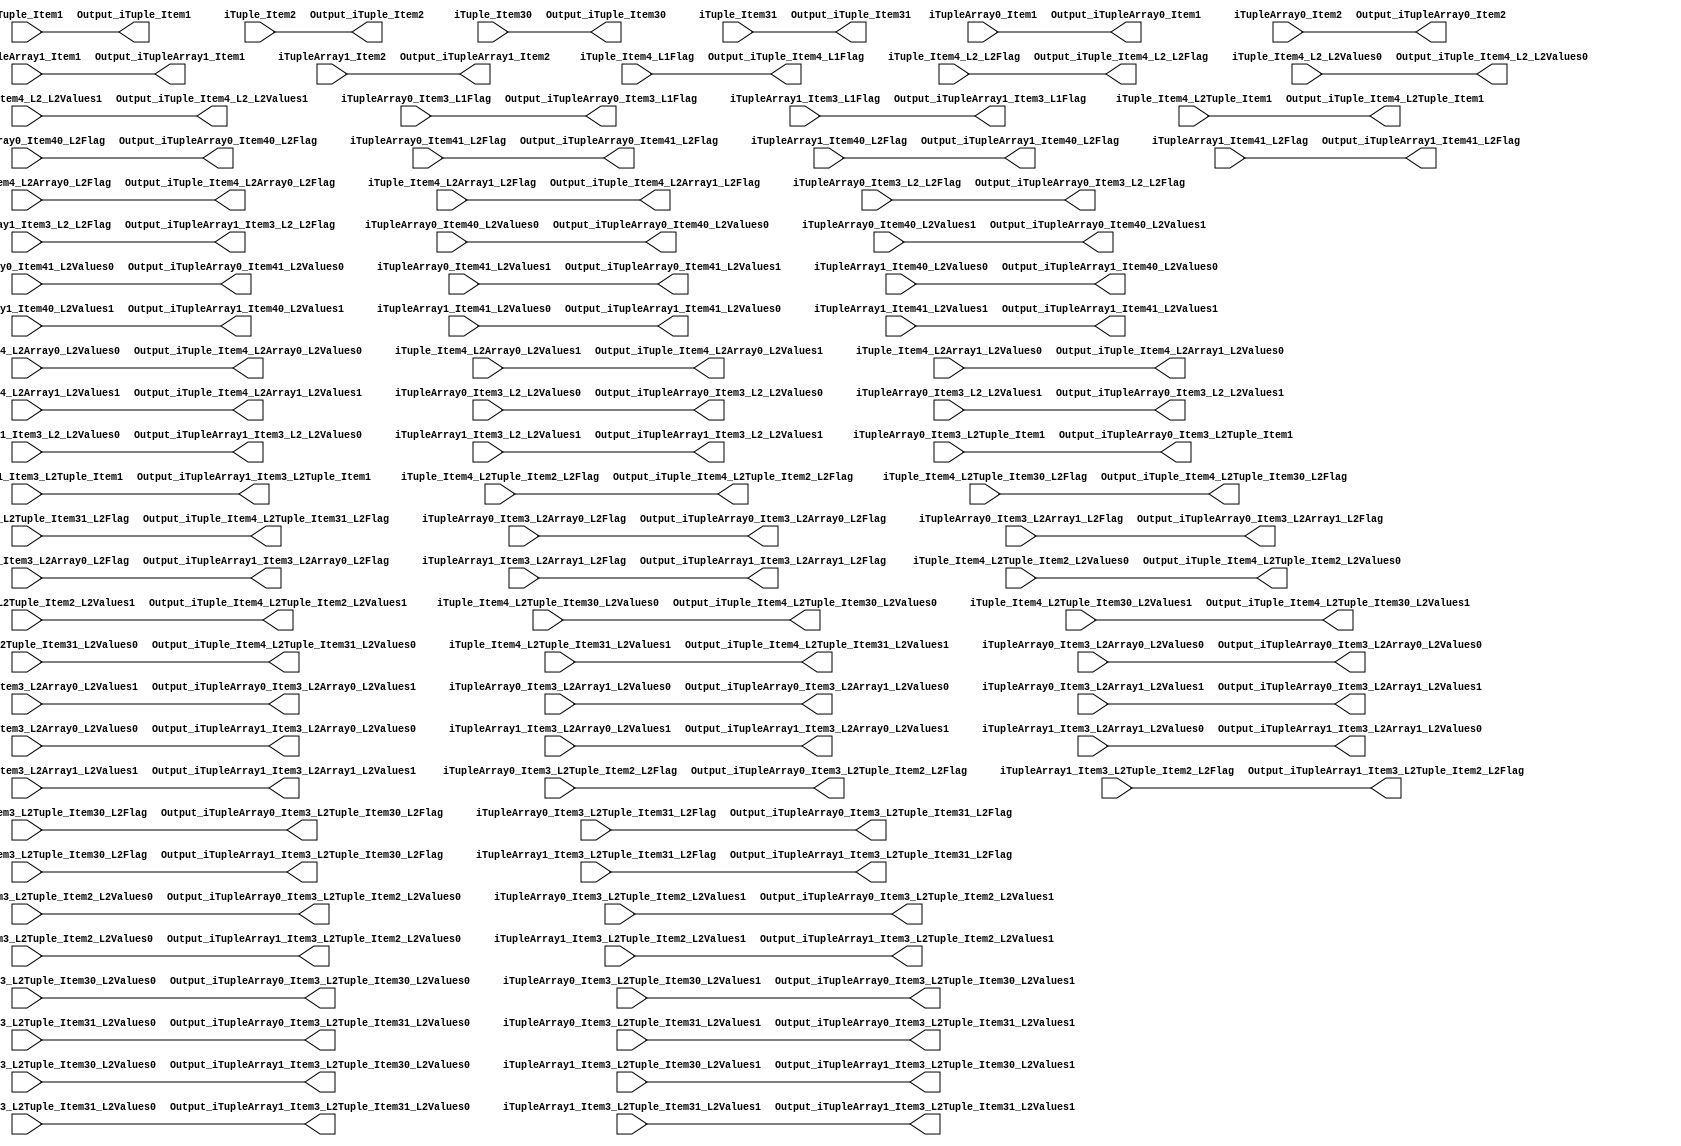
`timescale 1ns/1ps
`default_nettype none
// PLEASE READ THIS, IT MAY SAVE YOU SOME TIME AND MONEY, THANK YOU!
// * This file was generated by Quokka FPGA Toolkit.
// * Generated code is your property, do whatever you want with it
// * Place custom code between [BEGIN USER ***] and [END USER ***].
// * CAUTION: All code outside of [USER] scope is subject to regeneration.
// * Bad things happen sometimes in developer's life,
//   it is recommended to use source control management software (e.g. git, bzr etc) to keep your custom code safe'n'sound.
// * Internal structure of code is subject to change.
//   You can use some of signals in custom code, but most likely they will not exist in future (e.g. will get shorter or gone completely)
// * Please send your feedback, comments, improvement ideas etc. to evmuryshkin@gmail.com
// * Visit https://github.com/EvgenyMuryshkin/QuokkaEvaluation to access latest version of playground
//
// DISCLAIMER:
//   Code comes AS-IS, it is your responsibility to make sure it is working as expected
//   no responsibility will be taken for any loss or damage caused by use of Quokka toolkit.
//
// System configuration name is IOTupleDirectInputL6ComponentsOutputModule_TopLevel, clock frequency is 1Hz, Top-level
// FSM summary
// -- Packages
module IOTupleDirectInputL6ComponentsOutputModule_TopLevel
(
	// [BEGIN USER PORTS]
	// [END USER PORTS]
	input wire iTuple_Item1,
	input wire [7:0] iTuple_Item2,
	input wire [3:0] iTuple_Item30,
	input wire [3:0] iTuple_Item31,
	input wire iTuple_Item4_L1Flag,
	input wire iTuple_Item4_L2_L2Flag,
	input wire iTuple_Item4_L2_L2Values0,
	input wire iTuple_Item4_L2_L2Values1,
	input wire iTuple_Item4_L2Array0_L2Flag,
	input wire [2:0] iTuple_Item4_L2Array0_L2Values0,
	input wire [2:0] iTuple_Item4_L2Array0_L2Values1,
	input wire iTuple_Item4_L2Array1_L2Flag,
	input wire [2:0] iTuple_Item4_L2Array1_L2Values0,
	input wire [2:0] iTuple_Item4_L2Array1_L2Values1,
	input wire [7:0] iTuple_Item4_L2Tuple_Item1,
	input wire iTuple_Item4_L2Tuple_Item2_L2Flag,
	input wire iTuple_Item4_L2Tuple_Item2_L2Values0,
	input wire iTuple_Item4_L2Tuple_Item2_L2Values1,
	input wire iTuple_Item4_L2Tuple_Item30_L2Flag,
	input wire [2:0] iTuple_Item4_L2Tuple_Item30_L2Values0,
	input wire [2:0] iTuple_Item4_L2Tuple_Item30_L2Values1,
	input wire iTuple_Item4_L2Tuple_Item31_L2Flag,
	input wire [2:0] iTuple_Item4_L2Tuple_Item31_L2Values0,
	input wire [2:0] iTuple_Item4_L2Tuple_Item31_L2Values1,
	input wire iTupleArray0_Item1,
	input wire [3:0] iTupleArray0_Item2,
	input wire iTupleArray0_Item3_L1Flag,
	input wire iTupleArray0_Item3_L2_L2Flag,
	input wire iTupleArray0_Item3_L2_L2Values0,
	input wire iTupleArray0_Item3_L2_L2Values1,
	input wire iTupleArray0_Item3_L2Array0_L2Flag,
	input wire [2:0] iTupleArray0_Item3_L2Array0_L2Values0,
	input wire [2:0] iTupleArray0_Item3_L2Array0_L2Values1,
	input wire iTupleArray0_Item3_L2Array1_L2Flag,
	input wire [2:0] iTupleArray0_Item3_L2Array1_L2Values0,
	input wire [2:0] iTupleArray0_Item3_L2Array1_L2Values1,
	input wire [7:0] iTupleArray0_Item3_L2Tuple_Item1,
	input wire iTupleArray0_Item3_L2Tuple_Item2_L2Flag,
	input wire iTupleArray0_Item3_L2Tuple_Item2_L2Values0,
	input wire iTupleArray0_Item3_L2Tuple_Item2_L2Values1,
	input wire iTupleArray0_Item3_L2Tuple_Item30_L2Flag,
	input wire [2:0] iTupleArray0_Item3_L2Tuple_Item30_L2Values0,
	input wire [2:0] iTupleArray0_Item3_L2Tuple_Item30_L2Values1,
	input wire iTupleArray0_Item3_L2Tuple_Item31_L2Flag,
	input wire [2:0] iTupleArray0_Item3_L2Tuple_Item31_L2Values0,
	input wire [2:0] iTupleArray0_Item3_L2Tuple_Item31_L2Values1,
	input wire iTupleArray0_Item40_L2Flag,
	input wire iTupleArray0_Item40_L2Values0,
	input wire iTupleArray0_Item40_L2Values1,
	input wire iTupleArray0_Item41_L2Flag,
	input wire iTupleArray0_Item41_L2Values0,
	input wire iTupleArray0_Item41_L2Values1,
	input wire iTupleArray1_Item1,
	input wire [3:0] iTupleArray1_Item2,
	input wire iTupleArray1_Item3_L1Flag,
	input wire iTupleArray1_Item3_L2_L2Flag,
	input wire iTupleArray1_Item3_L2_L2Values0,
	input wire iTupleArray1_Item3_L2_L2Values1,
	input wire iTupleArray1_Item3_L2Array0_L2Flag,
	input wire [2:0] iTupleArray1_Item3_L2Array0_L2Values0,
	input wire [2:0] iTupleArray1_Item3_L2Array0_L2Values1,
	input wire iTupleArray1_Item3_L2Array1_L2Flag,
	input wire [2:0] iTupleArray1_Item3_L2Array1_L2Values0,
	input wire [2:0] iTupleArray1_Item3_L2Array1_L2Values1,
	input wire [7:0] iTupleArray1_Item3_L2Tuple_Item1,
	input wire iTupleArray1_Item3_L2Tuple_Item2_L2Flag,
	input wire iTupleArray1_Item3_L2Tuple_Item2_L2Values0,
	input wire iTupleArray1_Item3_L2Tuple_Item2_L2Values1,
	input wire iTupleArray1_Item3_L2Tuple_Item30_L2Flag,
	input wire [2:0] iTupleArray1_Item3_L2Tuple_Item30_L2Values0,
	input wire [2:0] iTupleArray1_Item3_L2Tuple_Item30_L2Values1,
	input wire iTupleArray1_Item3_L2Tuple_Item31_L2Flag,
	input wire [2:0] iTupleArray1_Item3_L2Tuple_Item31_L2Values0,
	input wire [2:0] iTupleArray1_Item3_L2Tuple_Item31_L2Values1,
	input wire iTupleArray1_Item40_L2Flag,
	input wire iTupleArray1_Item40_L2Values0,
	input wire iTupleArray1_Item40_L2Values1,
	input wire iTupleArray1_Item41_L2Flag,
	input wire iTupleArray1_Item41_L2Values0,
	input wire iTupleArray1_Item41_L2Values1,
	output wire Output_iTuple_Item1,
	output wire [7:0] Output_iTuple_Item2,
	output wire [3:0] Output_iTuple_Item30,
	output wire [3:0] Output_iTuple_Item31,
	output wire Output_iTuple_Item4_L1Flag,
	output wire Output_iTuple_Item4_L2_L2Flag,
	output wire Output_iTuple_Item4_L2_L2Values0,
	output wire Output_iTuple_Item4_L2_L2Values1,
	output wire Output_iTuple_Item4_L2Array0_L2Flag,
	output wire [2:0] Output_iTuple_Item4_L2Array0_L2Values0,
	output wire [2:0] Output_iTuple_Item4_L2Array0_L2Values1,
	output wire Output_iTuple_Item4_L2Array1_L2Flag,
	output wire [2:0] Output_iTuple_Item4_L2Array1_L2Values0,
	output wire [2:0] Output_iTuple_Item4_L2Array1_L2Values1,
	output wire [7:0] Output_iTuple_Item4_L2Tuple_Item1,
	output wire Output_iTuple_Item4_L2Tuple_Item2_L2Flag,
	output wire Output_iTuple_Item4_L2Tuple_Item2_L2Values0,
	output wire Output_iTuple_Item4_L2Tuple_Item2_L2Values1,
	output wire Output_iTuple_Item4_L2Tuple_Item30_L2Flag,
	output wire [2:0] Output_iTuple_Item4_L2Tuple_Item30_L2Values0,
	output wire [2:0] Output_iTuple_Item4_L2Tuple_Item30_L2Values1,
	output wire Output_iTuple_Item4_L2Tuple_Item31_L2Flag,
	output wire [2:0] Output_iTuple_Item4_L2Tuple_Item31_L2Values0,
	output wire [2:0] Output_iTuple_Item4_L2Tuple_Item31_L2Values1,
	output wire Output_iTupleArray0_Item1,
	output wire [3:0] Output_iTupleArray0_Item2,
	output wire Output_iTupleArray0_Item3_L1Flag,
	output wire Output_iTupleArray0_Item3_L2_L2Flag,
	output wire Output_iTupleArray0_Item3_L2_L2Values0,
	output wire Output_iTupleArray0_Item3_L2_L2Values1,
	output wire Output_iTupleArray0_Item3_L2Array0_L2Flag,
	output wire [2:0] Output_iTupleArray0_Item3_L2Array0_L2Values0,
	output wire [2:0] Output_iTupleArray0_Item3_L2Array0_L2Values1,
	output wire Output_iTupleArray0_Item3_L2Array1_L2Flag,
	output wire [2:0] Output_iTupleArray0_Item3_L2Array1_L2Values0,
	output wire [2:0] Output_iTupleArray0_Item3_L2Array1_L2Values1,
	output wire [7:0] Output_iTupleArray0_Item3_L2Tuple_Item1,
	output wire Output_iTupleArray0_Item3_L2Tuple_Item2_L2Flag,
	output wire Output_iTupleArray0_Item3_L2Tuple_Item2_L2Values0,
	output wire Output_iTupleArray0_Item3_L2Tuple_Item2_L2Values1,
	output wire Output_iTupleArray0_Item3_L2Tuple_Item30_L2Flag,
	output wire [2:0] Output_iTupleArray0_Item3_L2Tuple_Item30_L2Values0,
	output wire [2:0] Output_iTupleArray0_Item3_L2Tuple_Item30_L2Values1,
	output wire Output_iTupleArray0_Item3_L2Tuple_Item31_L2Flag,
	output wire [2:0] Output_iTupleArray0_Item3_L2Tuple_Item31_L2Values0,
	output wire [2:0] Output_iTupleArray0_Item3_L2Tuple_Item31_L2Values1,
	output wire Output_iTupleArray0_Item40_L2Flag,
	output wire Output_iTupleArray0_Item40_L2Values0,
	output wire Output_iTupleArray0_Item40_L2Values1,
	output wire Output_iTupleArray0_Item41_L2Flag,
	output wire Output_iTupleArray0_Item41_L2Values0,
	output wire Output_iTupleArray0_Item41_L2Values1,
	output wire Output_iTupleArray1_Item1,
	output wire [3:0] Output_iTupleArray1_Item2,
	output wire Output_iTupleArray1_Item3_L1Flag,
	output wire Output_iTupleArray1_Item3_L2_L2Flag,
	output wire Output_iTupleArray1_Item3_L2_L2Values0,
	output wire Output_iTupleArray1_Item3_L2_L2Values1,
	output wire Output_iTupleArray1_Item3_L2Array0_L2Flag,
	output wire [2:0] Output_iTupleArray1_Item3_L2Array0_L2Values0,
	output wire [2:0] Output_iTupleArray1_Item3_L2Array0_L2Values1,
	output wire Output_iTupleArray1_Item3_L2Array1_L2Flag,
	output wire [2:0] Output_iTupleArray1_Item3_L2Array1_L2Values0,
	output wire [2:0] Output_iTupleArray1_Item3_L2Array1_L2Values1,
	output wire [7:0] Output_iTupleArray1_Item3_L2Tuple_Item1,
	output wire Output_iTupleArray1_Item3_L2Tuple_Item2_L2Flag,
	output wire Output_iTupleArray1_Item3_L2Tuple_Item2_L2Values0,
	output wire Output_iTupleArray1_Item3_L2Tuple_Item2_L2Values1,
	output wire Output_iTupleArray1_Item3_L2Tuple_Item30_L2Flag,
	output wire [2:0] Output_iTupleArray1_Item3_L2Tuple_Item30_L2Values0,
	output wire [2:0] Output_iTupleArray1_Item3_L2Tuple_Item30_L2Values1,
	output wire Output_iTupleArray1_Item3_L2Tuple_Item31_L2Flag,
	output wire [2:0] Output_iTupleArray1_Item3_L2Tuple_Item31_L2Values0,
	output wire [2:0] Output_iTupleArray1_Item3_L2Tuple_Item31_L2Values1,
	output wire Output_iTupleArray1_Item40_L2Flag,
	output wire Output_iTupleArray1_Item40_L2Values0,
	output wire Output_iTupleArray1_Item40_L2Values1,
	output wire Output_iTupleArray1_Item41_L2Flag,
	output wire Output_iTupleArray1_Item41_L2Values0,
	output wire Output_iTupleArray1_Item41_L2Values1
);
	// [BEGIN USER SIGNALS]
	// [END USER SIGNALS]
	localparam HiSignal = 1'b1;
	localparam LoSignal = 1'b0;
	wire Zero = 1'b0;
	wire One = 1'b1;
	wire true = 1'b1;
	wire false = 1'b0;
	wire Inputs_iTuple_Item1;
	wire [7: 0] Inputs_iTuple_Item2;
	wire Inputs_iTuple_Item4_L1Flag;
	wire Inputs_iTuple_Item4_L2_L2Flag;
	wire [7: 0] Inputs_iTuple_Item4_L2Tuple_Item1;
	wire Inputs_iTuple_Item4_L2Tuple_Item2_L2Flag;
	wire [3 : 0] Inputs_iTuple_Item3 [0 : 1];
	wire Inputs_iTuple_Item4_L2_L2Values [0 : 1];
	wire [6 : 0] Inputs_iTuple_Item4_L2Array [0 : 1];
	wire Inputs_iTuple_Item4_L2Tuple_Item2_L2Values [0 : 1];
	wire [6 : 0] Inputs_iTuple_Item4_L2Tuple_Item3 [0 : 1];
	wire [53 : 0] Inputs_iTupleArray [0 : 1];
	assign Inputs_iTuple_Item1 = iTuple_Item1;
	assign Inputs_iTuple_Item2 = iTuple_Item2;
	assign Inputs_iTuple_Item3[0] = iTuple_Item30;
	assign Inputs_iTuple_Item3[1] = iTuple_Item31;
	assign Inputs_iTuple_Item4_L1Flag = iTuple_Item4_L1Flag;
	assign Inputs_iTuple_Item4_L2_L2Flag = iTuple_Item4_L2_L2Flag;
	assign Inputs_iTuple_Item4_L2_L2Values[0] = iTuple_Item4_L2_L2Values0;
	assign Inputs_iTuple_Item4_L2_L2Values[1] = iTuple_Item4_L2_L2Values1;
	assign Inputs_iTuple_Item4_L2Array[0][6:4] = iTuple_Item4_L2Array0_L2Values1;
	assign Inputs_iTuple_Item4_L2Array[0][3:1] = iTuple_Item4_L2Array0_L2Values0;
	assign Inputs_iTuple_Item4_L2Array[0][0] = iTuple_Item4_L2Array0_L2Flag;
	assign Inputs_iTuple_Item4_L2Array[1][6:4] = iTuple_Item4_L2Array1_L2Values1;
	assign Inputs_iTuple_Item4_L2Array[1][3:1] = iTuple_Item4_L2Array1_L2Values0;
	assign Inputs_iTuple_Item4_L2Array[1][0] = iTuple_Item4_L2Array1_L2Flag;
	assign Inputs_iTuple_Item4_L2Tuple_Item1 = iTuple_Item4_L2Tuple_Item1;
	assign Inputs_iTuple_Item4_L2Tuple_Item2_L2Flag = iTuple_Item4_L2Tuple_Item2_L2Flag;
	assign Inputs_iTuple_Item4_L2Tuple_Item2_L2Values[0] = iTuple_Item4_L2Tuple_Item2_L2Values0;
	assign Inputs_iTuple_Item4_L2Tuple_Item2_L2Values[1] = iTuple_Item4_L2Tuple_Item2_L2Values1;
	assign Inputs_iTuple_Item4_L2Tuple_Item3[0][6:4] = iTuple_Item4_L2Tuple_Item30_L2Values1;
	assign Inputs_iTuple_Item4_L2Tuple_Item3[0][3:1] = iTuple_Item4_L2Tuple_Item30_L2Values0;
	assign Inputs_iTuple_Item4_L2Tuple_Item3[0][0] = iTuple_Item4_L2Tuple_Item30_L2Flag;
	assign Inputs_iTuple_Item4_L2Tuple_Item3[1][6:4] = iTuple_Item4_L2Tuple_Item31_L2Values1;
	assign Inputs_iTuple_Item4_L2Tuple_Item3[1][3:1] = iTuple_Item4_L2Tuple_Item31_L2Values0;
	assign Inputs_iTuple_Item4_L2Tuple_Item3[1][0] = iTuple_Item4_L2Tuple_Item31_L2Flag;
	assign Inputs_iTupleArray[0][53] = iTupleArray0_Item1;
	assign Inputs_iTupleArray[0][52:49] = iTupleArray0_Item2;
	assign Inputs_iTupleArray[0][48:41] = iTupleArray0_Item3_L2Tuple_Item1;
	assign Inputs_iTupleArray[0][40] = iTupleArray0_Item3_L2Tuple_Item2_L2Values1;
	assign Inputs_iTupleArray[0][39] = iTupleArray0_Item3_L2Tuple_Item2_L2Values0;
	assign Inputs_iTupleArray[0][38] = iTupleArray0_Item3_L2Tuple_Item2_L2Flag;
	assign Inputs_iTupleArray[0][37:35] = iTupleArray0_Item3_L2Tuple_Item31_L2Values1;
	assign Inputs_iTupleArray[0][34:32] = iTupleArray0_Item3_L2Tuple_Item31_L2Values0;
	assign Inputs_iTupleArray[0][31] = iTupleArray0_Item3_L2Tuple_Item31_L2Flag;
	assign Inputs_iTupleArray[0][30:28] = iTupleArray0_Item3_L2Tuple_Item30_L2Values1;
	assign Inputs_iTupleArray[0][27:25] = iTupleArray0_Item3_L2Tuple_Item30_L2Values0;
	assign Inputs_iTupleArray[0][24] = iTupleArray0_Item3_L2Tuple_Item30_L2Flag;
	assign Inputs_iTupleArray[0][23:21] = iTupleArray0_Item3_L2Array1_L2Values1;
	assign Inputs_iTupleArray[0][20:18] = iTupleArray0_Item3_L2Array1_L2Values0;
	assign Inputs_iTupleArray[0][17] = iTupleArray0_Item3_L2Array1_L2Flag;
	assign Inputs_iTupleArray[0][16:14] = iTupleArray0_Item3_L2Array0_L2Values1;
	assign Inputs_iTupleArray[0][13:11] = iTupleArray0_Item3_L2Array0_L2Values0;
	assign Inputs_iTupleArray[0][10] = iTupleArray0_Item3_L2Array0_L2Flag;
	assign Inputs_iTupleArray[0][9] = iTupleArray0_Item3_L2_L2Values1;
	assign Inputs_iTupleArray[0][8] = iTupleArray0_Item3_L2_L2Values0;
	assign Inputs_iTupleArray[0][7] = iTupleArray0_Item3_L2_L2Flag;
	assign Inputs_iTupleArray[0][6] = iTupleArray0_Item3_L1Flag;
	assign Inputs_iTupleArray[0][5] = iTupleArray0_Item41_L2Values1;
	assign Inputs_iTupleArray[0][4] = iTupleArray0_Item41_L2Values0;
	assign Inputs_iTupleArray[0][3] = iTupleArray0_Item41_L2Flag;
	assign Inputs_iTupleArray[0][2] = iTupleArray0_Item40_L2Values1;
	assign Inputs_iTupleArray[0][1] = iTupleArray0_Item40_L2Values0;
	assign Inputs_iTupleArray[0][0] = iTupleArray0_Item40_L2Flag;
	assign Inputs_iTupleArray[1][53] = iTupleArray1_Item1;
	assign Inputs_iTupleArray[1][52:49] = iTupleArray1_Item2;
	assign Inputs_iTupleArray[1][48:41] = iTupleArray1_Item3_L2Tuple_Item1;
	assign Inputs_iTupleArray[1][40] = iTupleArray1_Item3_L2Tuple_Item2_L2Values1;
	assign Inputs_iTupleArray[1][39] = iTupleArray1_Item3_L2Tuple_Item2_L2Values0;
	assign Inputs_iTupleArray[1][38] = iTupleArray1_Item3_L2Tuple_Item2_L2Flag;
	assign Inputs_iTupleArray[1][37:35] = iTupleArray1_Item3_L2Tuple_Item31_L2Values1;
	assign Inputs_iTupleArray[1][34:32] = iTupleArray1_Item3_L2Tuple_Item31_L2Values0;
	assign Inputs_iTupleArray[1][31] = iTupleArray1_Item3_L2Tuple_Item31_L2Flag;
	assign Inputs_iTupleArray[1][30:28] = iTupleArray1_Item3_L2Tuple_Item30_L2Values1;
	assign Inputs_iTupleArray[1][27:25] = iTupleArray1_Item3_L2Tuple_Item30_L2Values0;
	assign Inputs_iTupleArray[1][24] = iTupleArray1_Item3_L2Tuple_Item30_L2Flag;
	assign Inputs_iTupleArray[1][23:21] = iTupleArray1_Item3_L2Array1_L2Values1;
	assign Inputs_iTupleArray[1][20:18] = iTupleArray1_Item3_L2Array1_L2Values0;
	assign Inputs_iTupleArray[1][17] = iTupleArray1_Item3_L2Array1_L2Flag;
	assign Inputs_iTupleArray[1][16:14] = iTupleArray1_Item3_L2Array0_L2Values1;
	assign Inputs_iTupleArray[1][13:11] = iTupleArray1_Item3_L2Array0_L2Values0;
	assign Inputs_iTupleArray[1][10] = iTupleArray1_Item3_L2Array0_L2Flag;
	assign Inputs_iTupleArray[1][9] = iTupleArray1_Item3_L2_L2Values1;
	assign Inputs_iTupleArray[1][8] = iTupleArray1_Item3_L2_L2Values0;
	assign Inputs_iTupleArray[1][7] = iTupleArray1_Item3_L2_L2Flag;
	assign Inputs_iTupleArray[1][6] = iTupleArray1_Item3_L1Flag;
	assign Inputs_iTupleArray[1][5] = iTupleArray1_Item41_L2Values1;
	assign Inputs_iTupleArray[1][4] = iTupleArray1_Item41_L2Values0;
	assign Inputs_iTupleArray[1][3] = iTupleArray1_Item41_L2Flag;
	assign Inputs_iTupleArray[1][2] = iTupleArray1_Item40_L2Values1;
	assign Inputs_iTupleArray[1][1] = iTupleArray1_Item40_L2Values0;
	assign Inputs_iTupleArray[1][0] = iTupleArray1_Item40_L2Flag;
	assign Output_iTuple_Item1 = Inputs_iTuple_Item1;
	assign Output_iTuple_Item2 = Inputs_iTuple_Item2;
	assign Output_iTuple_Item30 = Inputs_iTuple_Item3[0];
	assign Output_iTuple_Item31 = Inputs_iTuple_Item3[1];
	assign Output_iTuple_Item4_L1Flag = Inputs_iTuple_Item4_L1Flag;
	assign Output_iTuple_Item4_L2_L2Flag = Inputs_iTuple_Item4_L2_L2Flag;
	assign Output_iTuple_Item4_L2_L2Values0 = Inputs_iTuple_Item4_L2_L2Values[0];
	assign Output_iTuple_Item4_L2_L2Values1 = Inputs_iTuple_Item4_L2_L2Values[1];
	assign Output_iTuple_Item4_L2Array0_L2Flag = Inputs_iTuple_Item4_L2Array[0][0];
	assign Output_iTuple_Item4_L2Array0_L2Values0 = Inputs_iTuple_Item4_L2Array[0][3:1];
	assign Output_iTuple_Item4_L2Array0_L2Values1 = Inputs_iTuple_Item4_L2Array[0][6:4];
	assign Output_iTuple_Item4_L2Array1_L2Flag = Inputs_iTuple_Item4_L2Array[1][0];
	assign Output_iTuple_Item4_L2Array1_L2Values1 = Inputs_iTuple_Item4_L2Array[1][6:4];
	assign Output_iTuple_Item4_L2Array1_L2Values0 = Inputs_iTuple_Item4_L2Array[1][3:1];
	assign Output_iTuple_Item4_L2Tuple_Item1 = Inputs_iTuple_Item4_L2Tuple_Item1;
	assign Output_iTuple_Item4_L2Tuple_Item2_L2Flag = Inputs_iTuple_Item4_L2Tuple_Item2_L2Flag;
	assign Output_iTuple_Item4_L2Tuple_Item2_L2Values0 = Inputs_iTuple_Item4_L2Tuple_Item2_L2Values[0];
	assign Output_iTuple_Item4_L2Tuple_Item2_L2Values1 = Inputs_iTuple_Item4_L2Tuple_Item2_L2Values[1];
	assign Output_iTuple_Item4_L2Tuple_Item30_L2Values1 = Inputs_iTuple_Item4_L2Tuple_Item3[0][6:4];
	assign Output_iTuple_Item4_L2Tuple_Item30_L2Values0 = Inputs_iTuple_Item4_L2Tuple_Item3[0][3:1];
	assign Output_iTuple_Item4_L2Tuple_Item30_L2Flag = Inputs_iTuple_Item4_L2Tuple_Item3[0][0];
	assign Output_iTuple_Item4_L2Tuple_Item31_L2Flag = Inputs_iTuple_Item4_L2Tuple_Item3[1][0];
	assign Output_iTuple_Item4_L2Tuple_Item31_L2Values1 = Inputs_iTuple_Item4_L2Tuple_Item3[1][6:4];
	assign Output_iTuple_Item4_L2Tuple_Item31_L2Values0 = Inputs_iTuple_Item4_L2Tuple_Item3[1][3:1];
	assign Output_iTupleArray0_Item1 = Inputs_iTupleArray[0][53];
	assign Output_iTupleArray0_Item2 = Inputs_iTupleArray[0][52:49];
	assign Output_iTupleArray0_Item3_L1Flag = Inputs_iTupleArray[0][6];
	assign Output_iTupleArray0_Item3_L2_L2Flag = Inputs_iTupleArray[0][7];
	assign Output_iTupleArray0_Item3_L2_L2Values1 = Inputs_iTupleArray[0][9];
	assign Output_iTupleArray0_Item3_L2_L2Values0 = Inputs_iTupleArray[0][8];
	assign Output_iTupleArray0_Item3_L2Array0_L2Values1 = Inputs_iTupleArray[0][16:14];
	assign Output_iTupleArray0_Item3_L2Array0_L2Values0 = Inputs_iTupleArray[0][13:11];
	assign Output_iTupleArray0_Item3_L2Array0_L2Flag = Inputs_iTupleArray[0][10];
	assign Output_iTupleArray0_Item3_L2Array1_L2Flag = Inputs_iTupleArray[0][17];
	assign Output_iTupleArray0_Item3_L2Array1_L2Values1 = Inputs_iTupleArray[0][23:21];
	assign Output_iTupleArray0_Item3_L2Array1_L2Values0 = Inputs_iTupleArray[0][20:18];
	assign Output_iTupleArray0_Item3_L2Tuple_Item1 = Inputs_iTupleArray[0][48:41];
	assign Output_iTupleArray0_Item3_L2Tuple_Item2_L2Values1 = Inputs_iTupleArray[0][40];
	assign Output_iTupleArray0_Item3_L2Tuple_Item2_L2Values0 = Inputs_iTupleArray[0][39];
	assign Output_iTupleArray0_Item3_L2Tuple_Item2_L2Flag = Inputs_iTupleArray[0][38];
	assign Output_iTupleArray0_Item3_L2Tuple_Item31_L2Values1 = Inputs_iTupleArray[0][37:35];
	assign Output_iTupleArray0_Item3_L2Tuple_Item31_L2Values0 = Inputs_iTupleArray[0][34:32];
	assign Output_iTupleArray0_Item3_L2Tuple_Item31_L2Flag = Inputs_iTupleArray[0][31];
	assign Output_iTupleArray0_Item3_L2Tuple_Item30_L2Values1 = Inputs_iTupleArray[0][30:28];
	assign Output_iTupleArray0_Item3_L2Tuple_Item30_L2Values0 = Inputs_iTupleArray[0][27:25];
	assign Output_iTupleArray0_Item3_L2Tuple_Item30_L2Flag = Inputs_iTupleArray[0][24];
	assign Output_iTupleArray0_Item40_L2Flag = Inputs_iTupleArray[0][0];
	assign Output_iTupleArray0_Item40_L2Values1 = Inputs_iTupleArray[0][2];
	assign Output_iTupleArray0_Item40_L2Values0 = Inputs_iTupleArray[0][1];
	assign Output_iTupleArray0_Item41_L2Values1 = Inputs_iTupleArray[0][5];
	assign Output_iTupleArray0_Item41_L2Values0 = Inputs_iTupleArray[0][4];
	assign Output_iTupleArray0_Item41_L2Flag = Inputs_iTupleArray[0][3];
	assign Output_iTupleArray1_Item1 = Inputs_iTupleArray[1][53];
	assign Output_iTupleArray1_Item2 = Inputs_iTupleArray[1][52:49];
	assign Output_iTupleArray1_Item3_L1Flag = Inputs_iTupleArray[1][6];
	assign Output_iTupleArray1_Item3_L2_L2Values1 = Inputs_iTupleArray[1][9];
	assign Output_iTupleArray1_Item3_L2_L2Values0 = Inputs_iTupleArray[1][8];
	assign Output_iTupleArray1_Item3_L2_L2Flag = Inputs_iTupleArray[1][7];
	assign Output_iTupleArray1_Item3_L2Array1_L2Values1 = Inputs_iTupleArray[1][23:21];
	assign Output_iTupleArray1_Item3_L2Array1_L2Values0 = Inputs_iTupleArray[1][20:18];
	assign Output_iTupleArray1_Item3_L2Array1_L2Flag = Inputs_iTupleArray[1][17];
	assign Output_iTupleArray1_Item3_L2Array0_L2Values1 = Inputs_iTupleArray[1][16:14];
	assign Output_iTupleArray1_Item3_L2Array0_L2Values0 = Inputs_iTupleArray[1][13:11];
	assign Output_iTupleArray1_Item3_L2Array0_L2Flag = Inputs_iTupleArray[1][10];
	assign Output_iTupleArray1_Item3_L2Tuple_Item1 = Inputs_iTupleArray[1][48:41];
	assign Output_iTupleArray1_Item3_L2Tuple_Item2_L2Values1 = Inputs_iTupleArray[1][40];
	assign Output_iTupleArray1_Item3_L2Tuple_Item2_L2Values0 = Inputs_iTupleArray[1][39];
	assign Output_iTupleArray1_Item3_L2Tuple_Item2_L2Flag = Inputs_iTupleArray[1][38];
	assign Output_iTupleArray1_Item3_L2Tuple_Item31_L2Values1 = Inputs_iTupleArray[1][37:35];
	assign Output_iTupleArray1_Item3_L2Tuple_Item31_L2Values0 = Inputs_iTupleArray[1][34:32];
	assign Output_iTupleArray1_Item3_L2Tuple_Item31_L2Flag = Inputs_iTupleArray[1][31];
	assign Output_iTupleArray1_Item3_L2Tuple_Item30_L2Values1 = Inputs_iTupleArray[1][30:28];
	assign Output_iTupleArray1_Item3_L2Tuple_Item30_L2Values0 = Inputs_iTupleArray[1][27:25];
	assign Output_iTupleArray1_Item3_L2Tuple_Item30_L2Flag = Inputs_iTupleArray[1][24];
	assign Output_iTupleArray1_Item40_L2Values1 = Inputs_iTupleArray[1][2];
	assign Output_iTupleArray1_Item40_L2Values0 = Inputs_iTupleArray[1][1];
	assign Output_iTupleArray1_Item40_L2Flag = Inputs_iTupleArray[1][0];
	assign Output_iTupleArray1_Item41_L2Flag = Inputs_iTupleArray[1][3];
	assign Output_iTupleArray1_Item41_L2Values1 = Inputs_iTupleArray[1][5];
	assign Output_iTupleArray1_Item41_L2Values0 = Inputs_iTupleArray[1][4];
	// [BEGIN USER ARCHITECTURE]
	// [END USER ARCHITECTURE]
endmodule